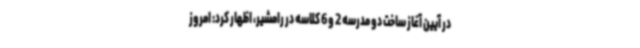
در آیین آغاز ساخت دو مدرسه 2 و 6 کلاسه در رامشیر، اظهار کرد: امروز